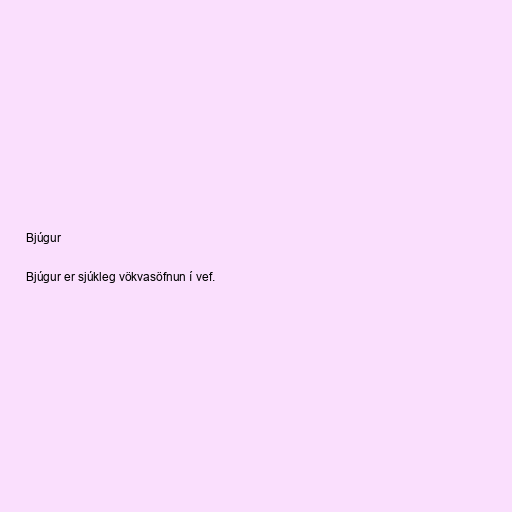
Bjúgur

Bjúgur er sjúkleg vökvasöfnun í vef.